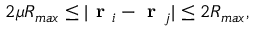
2 \mu R _ { m a x } \leq | \textbf { r } _ { i } - \textbf { r } _ { j } | \leq 2 R _ { m a x } ,